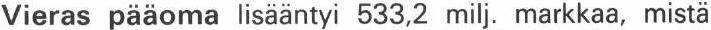
Vieras pääoma lisääntyi 533,2 milj. markkaa, mistä